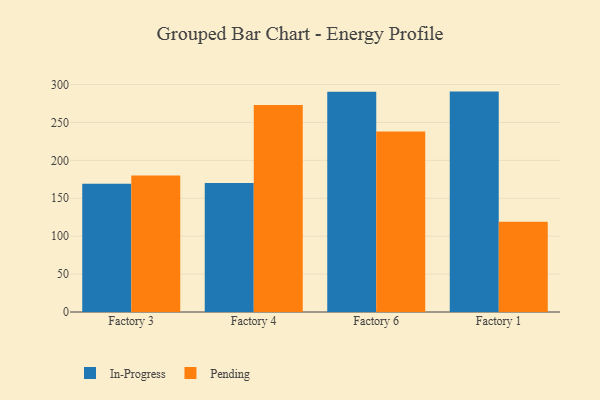
{"axis": {"x": "Factory", "y": "Tickets Resolved"}, "legend": ["In-Progress", "Pending"], "data": [{"x": "Factory 3", "y": 169.3, "type": "In-Progress"}, {"x": "Factory 3", "y": 180.1, "type": "Pending"}, {"x": "Factory 4", "y": 170.1, "type": "In-Progress"}, {"x": "Factory 4", "y": 273.0, "type": "Pending"}, {"x": "Factory 6", "y": 290.5, "type": "In-Progress"}, {"x": "Factory 6", "y": 238.1, "type": "Pending"}, {"x": "Factory 1", "y": 290.7, "type": "In-Progress"}, {"x": "Factory 1", "y": 119.0, "type": "Pending"}]}